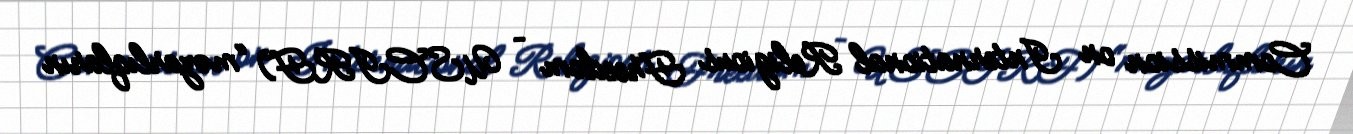
Commission on International Religious Freedom – USCIRF) “məzarlıqların